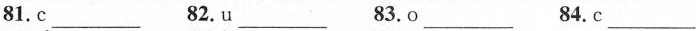
81.c___ 82,u___ 83.O___84.C___